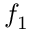
f _ { 1 }